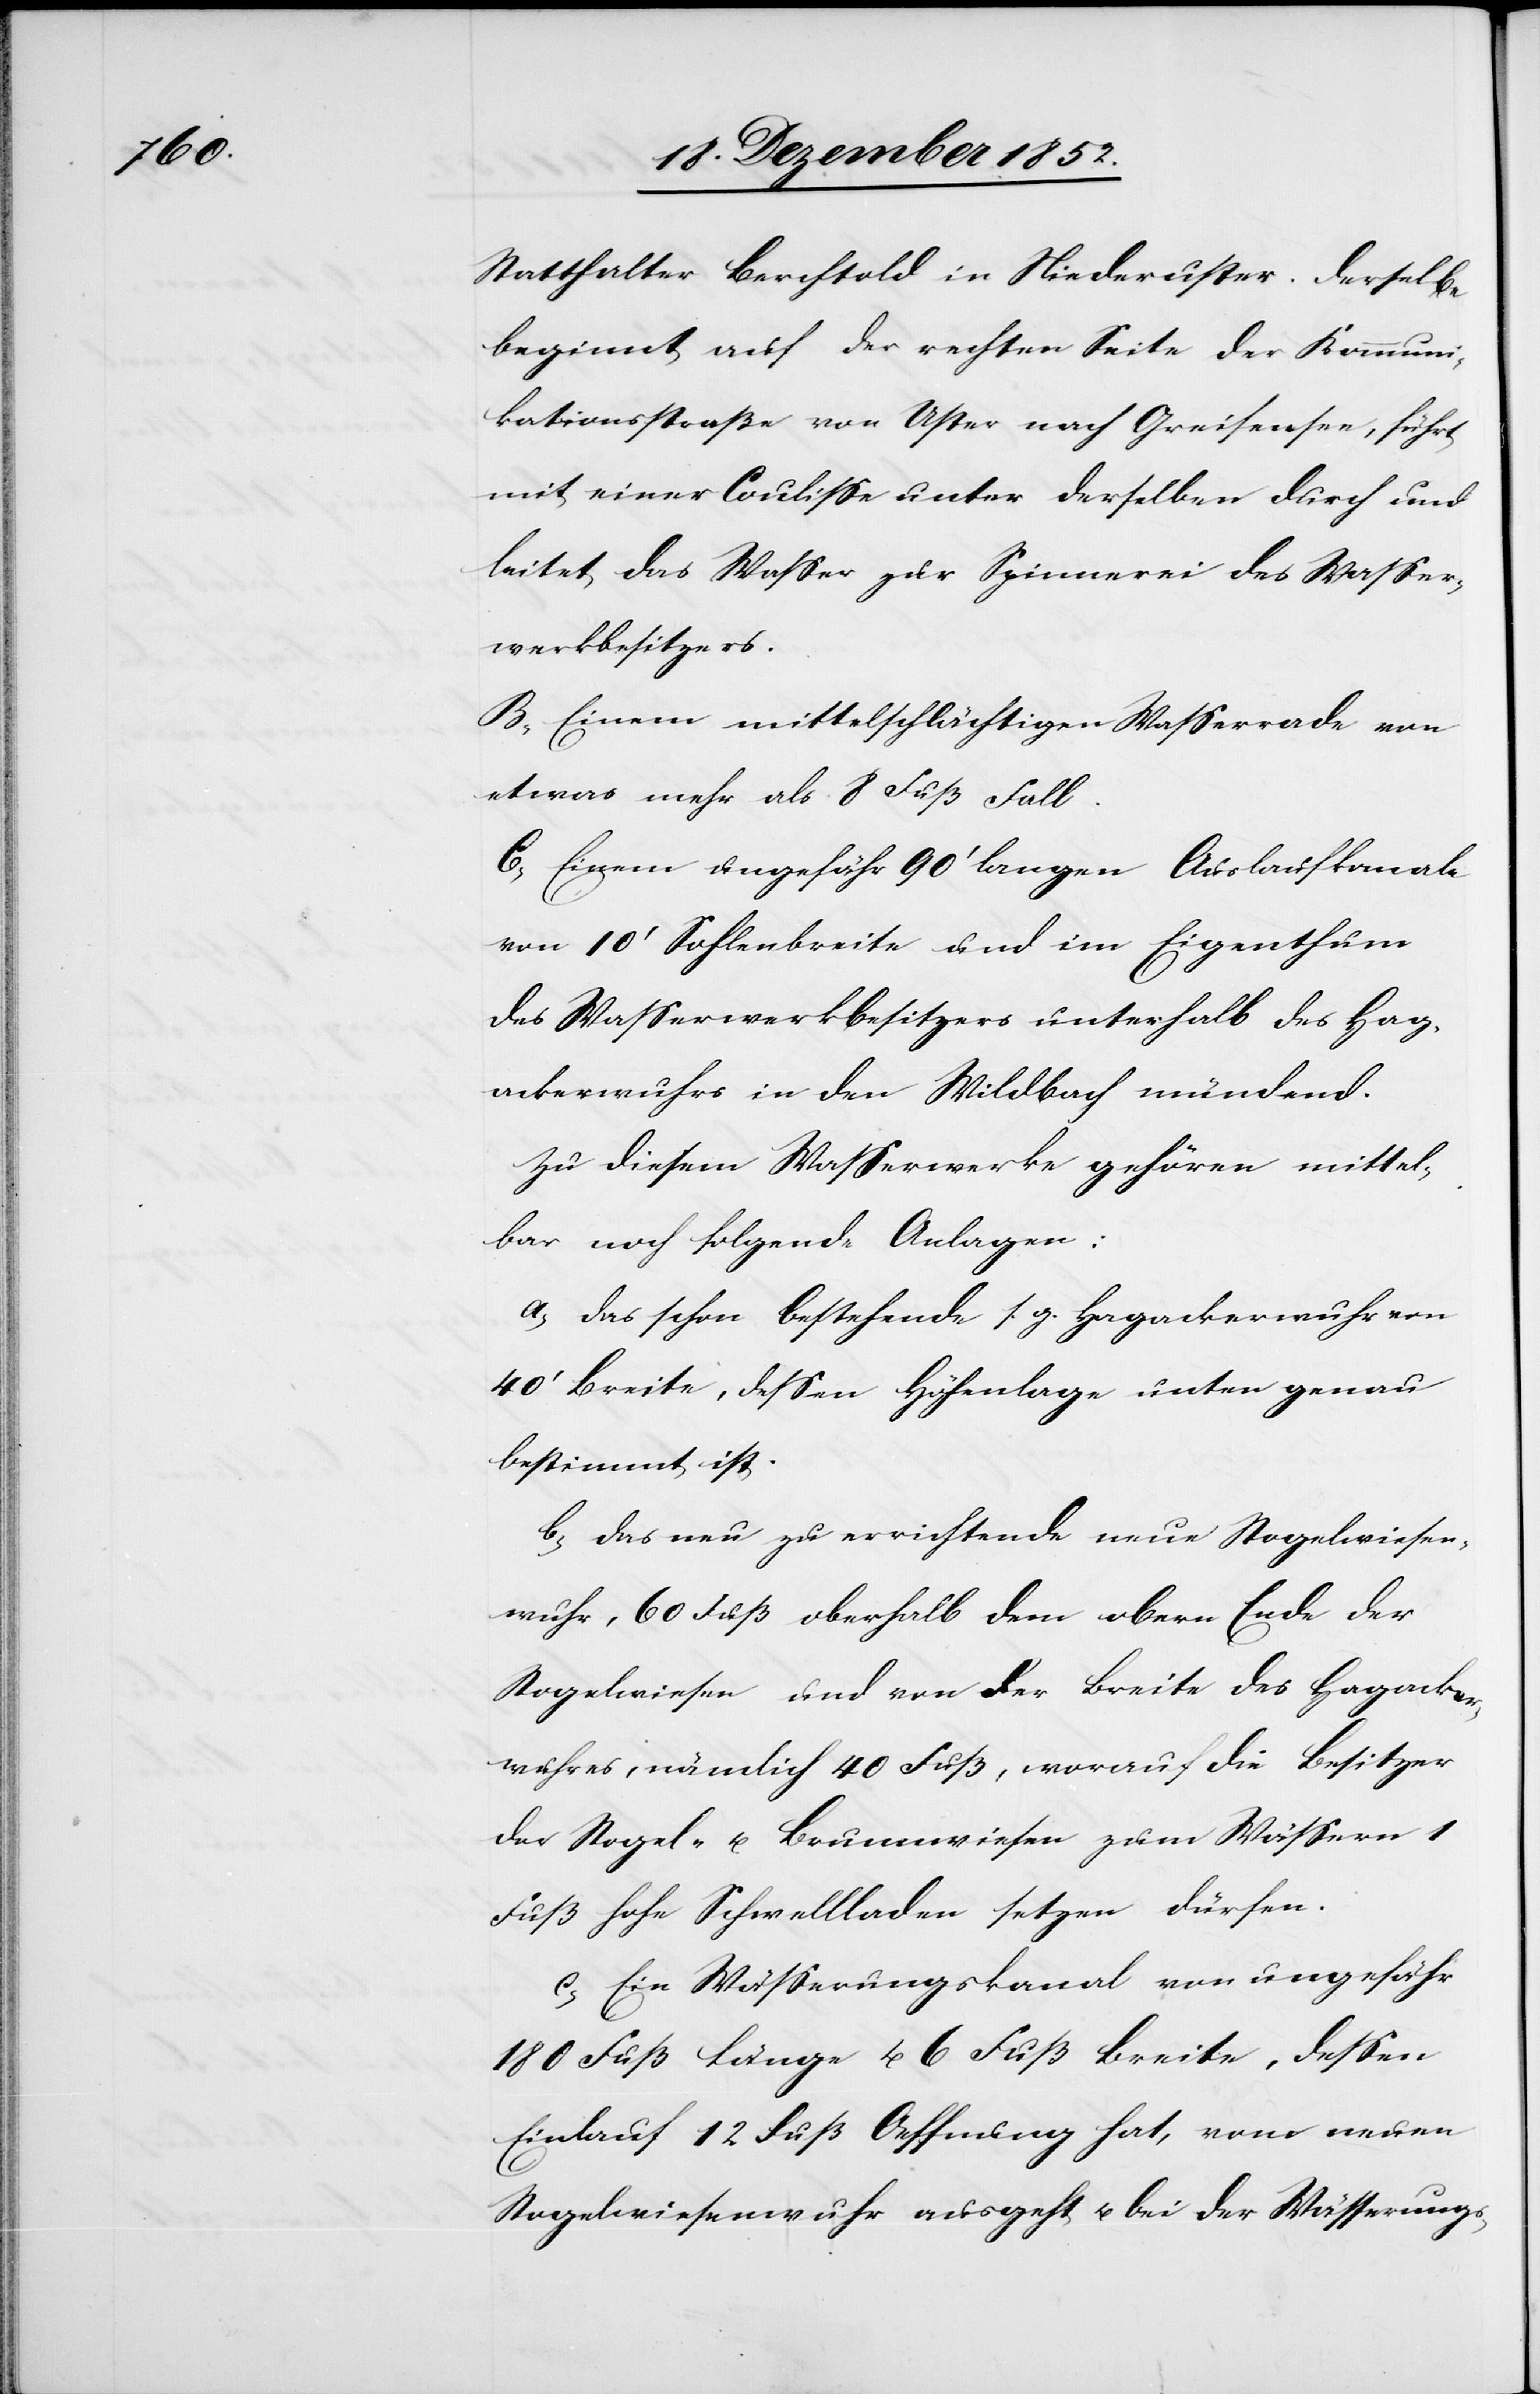
Statthalter Berchtold in Niederuster. Derselbe
beginnt auf der rechten Seite der Kommuni¬
kationsstraße von Uster nach Greifensee, führt
mit einer Coulisse unter derselben durch und
leitet das Wasser zur Spinnerei des Wasser¬
werkbesitzers.
B, Einem mittelschlächtigen Wasserrade von
etwas mehr als 8 Fuß Fall.
C, Einem ungefähr 90‘ langen Auslaufkanale
von 10‘ Sohlenbreite und im Eigenthum
des Wasserwerkbesitzers unterhalb des Hag¬
ackerwuhrs in den Wildbach mündend.
Zu diesem Wasserwerke gehören mittel¬
bar noch folgende Anlagen:
a, das schon bestehende s. g. Hagackerwuhr von
40‘ Breite, dessen Höhenlage unten genau
bestimmt ist.
b, das neu zu errichtende neue Stogelwiesen¬
wuhr, 60 Fuß oberhalb dem obern Ende der
Stogelwiesen und von der Breite des Hagacker¬
wuhres, nämlich 40 Fuß, worauf die Besitzer
der Stogel- u. Brunnwiesen zum Wässern 1
Fuß hohe Schwellladen setzen dürfen.
c, Ein Wässerungskanal von ungefähr
180 Fuß Länge u. 6 Fuß Breite, dessen
Einlauf 12 Fuß Oeffnung hat, vom neuen
Stogelwiesenwuhr ausgeht u. bei der Wässerungs-